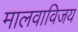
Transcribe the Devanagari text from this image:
मालवाविजय